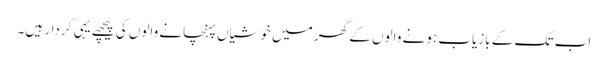
اب تک کے بازیاب ہونے والوں کے گھر میں خوشیاں پہنچانے والوں کی پیچھے یہی کردار ہیں۔